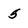
Character: 5